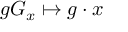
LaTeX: g G _ { x } \mapsto g \cdot x